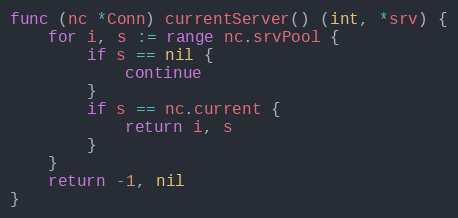
Language: Go
func (nc *Conn) currentServer() (int, *srv) {
	for i, s := range nc.srvPool {
		if s == nil {
			continue
		}
		if s == nc.current {
			return i, s
		}
	}
	return -1, nil
}